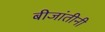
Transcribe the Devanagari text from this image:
बीजांतीनी